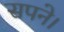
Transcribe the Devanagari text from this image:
सपने।